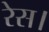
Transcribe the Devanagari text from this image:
रेस।